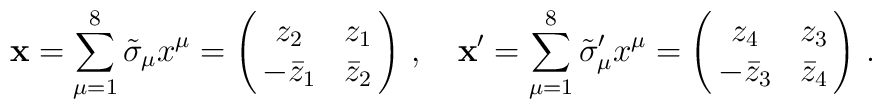
\mathbf{x}=\sum_{\mu =1}^8 \tilde{\sigma}_{\mu}x^{\mu}=\left( \begin{array}{@{\,}cc@{\,}}   z_2 & z_1\\  -\bar{z}_1  &  \bar{z}_2  \end{array}  \right)\,,\quad \mathbf{x}'=\sum_{\mu =1}^8 \tilde{\sigma}'_{\mu}x^{\mu}=\left( \begin{array}{@{\,}cc@{\,}}   z_4 & z_3\\  -\bar{z}_3  &  \bar{z}_4  \end{array}  \right)\,.